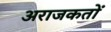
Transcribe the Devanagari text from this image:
अराजकतों